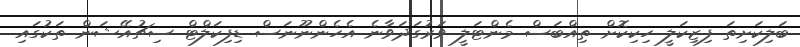
ބަލިކަށިތަ ފިޒިކަލީ ހިކިކޮށް ތިއްބަސް މެންޓަލީ ވަރުގަދަވާނެ އެހެންނޫނަސް ޑިފިކަލްޓް ސިޗުއޭޝަން ތަކުގައި